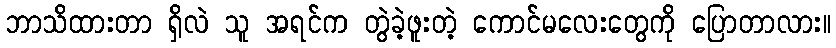
ဘာသိထားတာ ရှိလဲ သူ အရင်က တွဲခဲ့ဖူးတဲ့ ကောင်မလေးတွေကို ပြောတာလား။